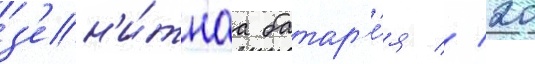
з'ен'и́тнаа батар'е́я // 20